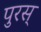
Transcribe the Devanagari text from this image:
पुरस्